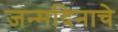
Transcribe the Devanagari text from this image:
जन्मदिनाचे